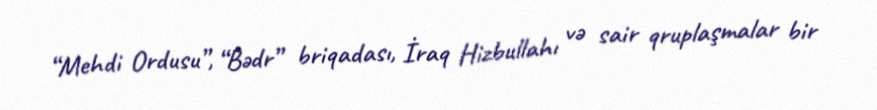
“Mehdi Ordusu”, “Bədr” briqadası, İraq Hizbullahı və sair qruplaşmalar bir